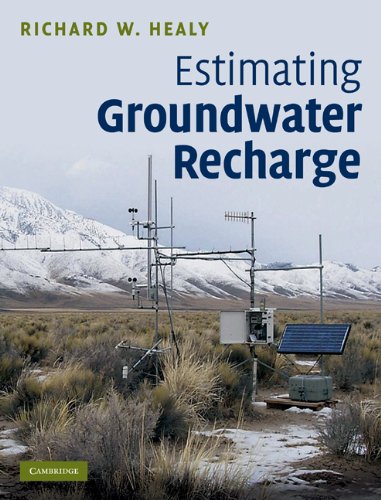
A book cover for Estimating Groundwater Recharge; Richard W. Healy; Science & Math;